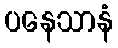
ပနေသာနံ